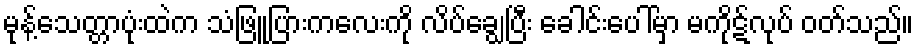
မုန့်သေတ္တာပုံးထဲက သံဖြူပြားကလေးကို လိပ်ချွေပြီး ခေါင်းပေါ်မှာ မကိုဋ်လုပ် ဝတ်သည်။